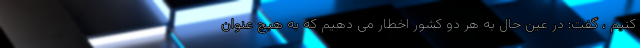
کنیم ، گفت: در عین حال به هر دو کشور اخطار می دهیم که به هیچ عنوان